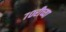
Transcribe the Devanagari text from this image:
७०रीच्या